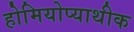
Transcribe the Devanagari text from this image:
होमियोप्याथीक